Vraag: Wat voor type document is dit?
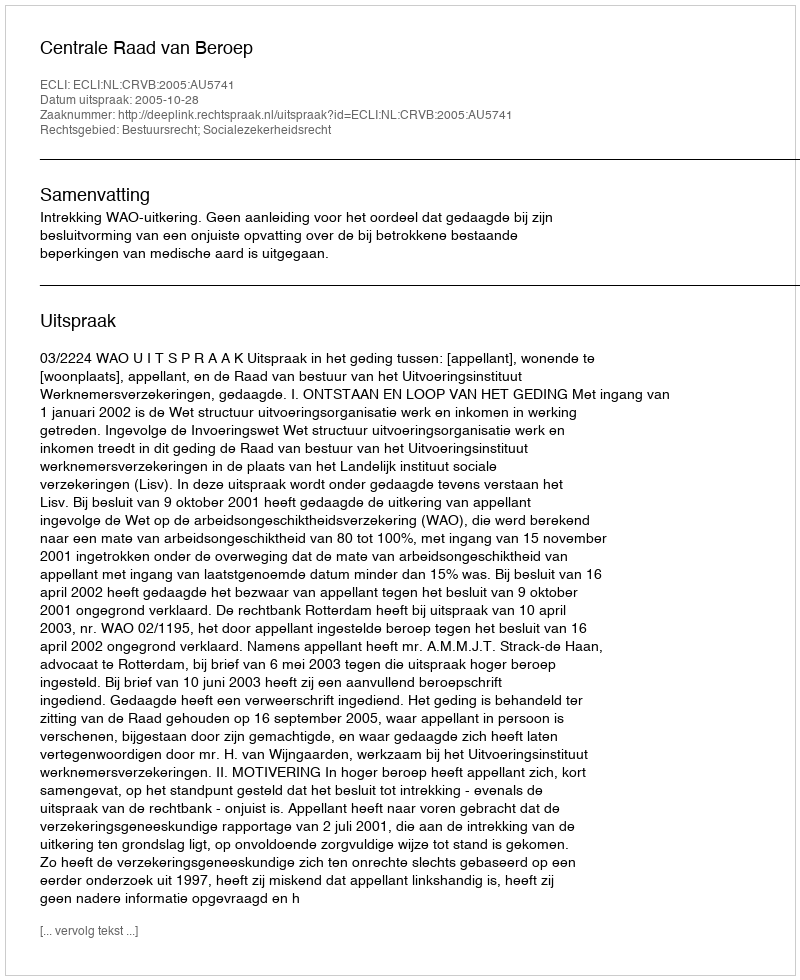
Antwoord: Uitspraak